Bréfritari: Jakobína Jónsdóttir
Viðtakandi: Sólveig Jónsdóttir
Dagsetning: A-1880-05-09
Skrifað á: Bessastöðum  Gull.
systir bréfviðtakanda

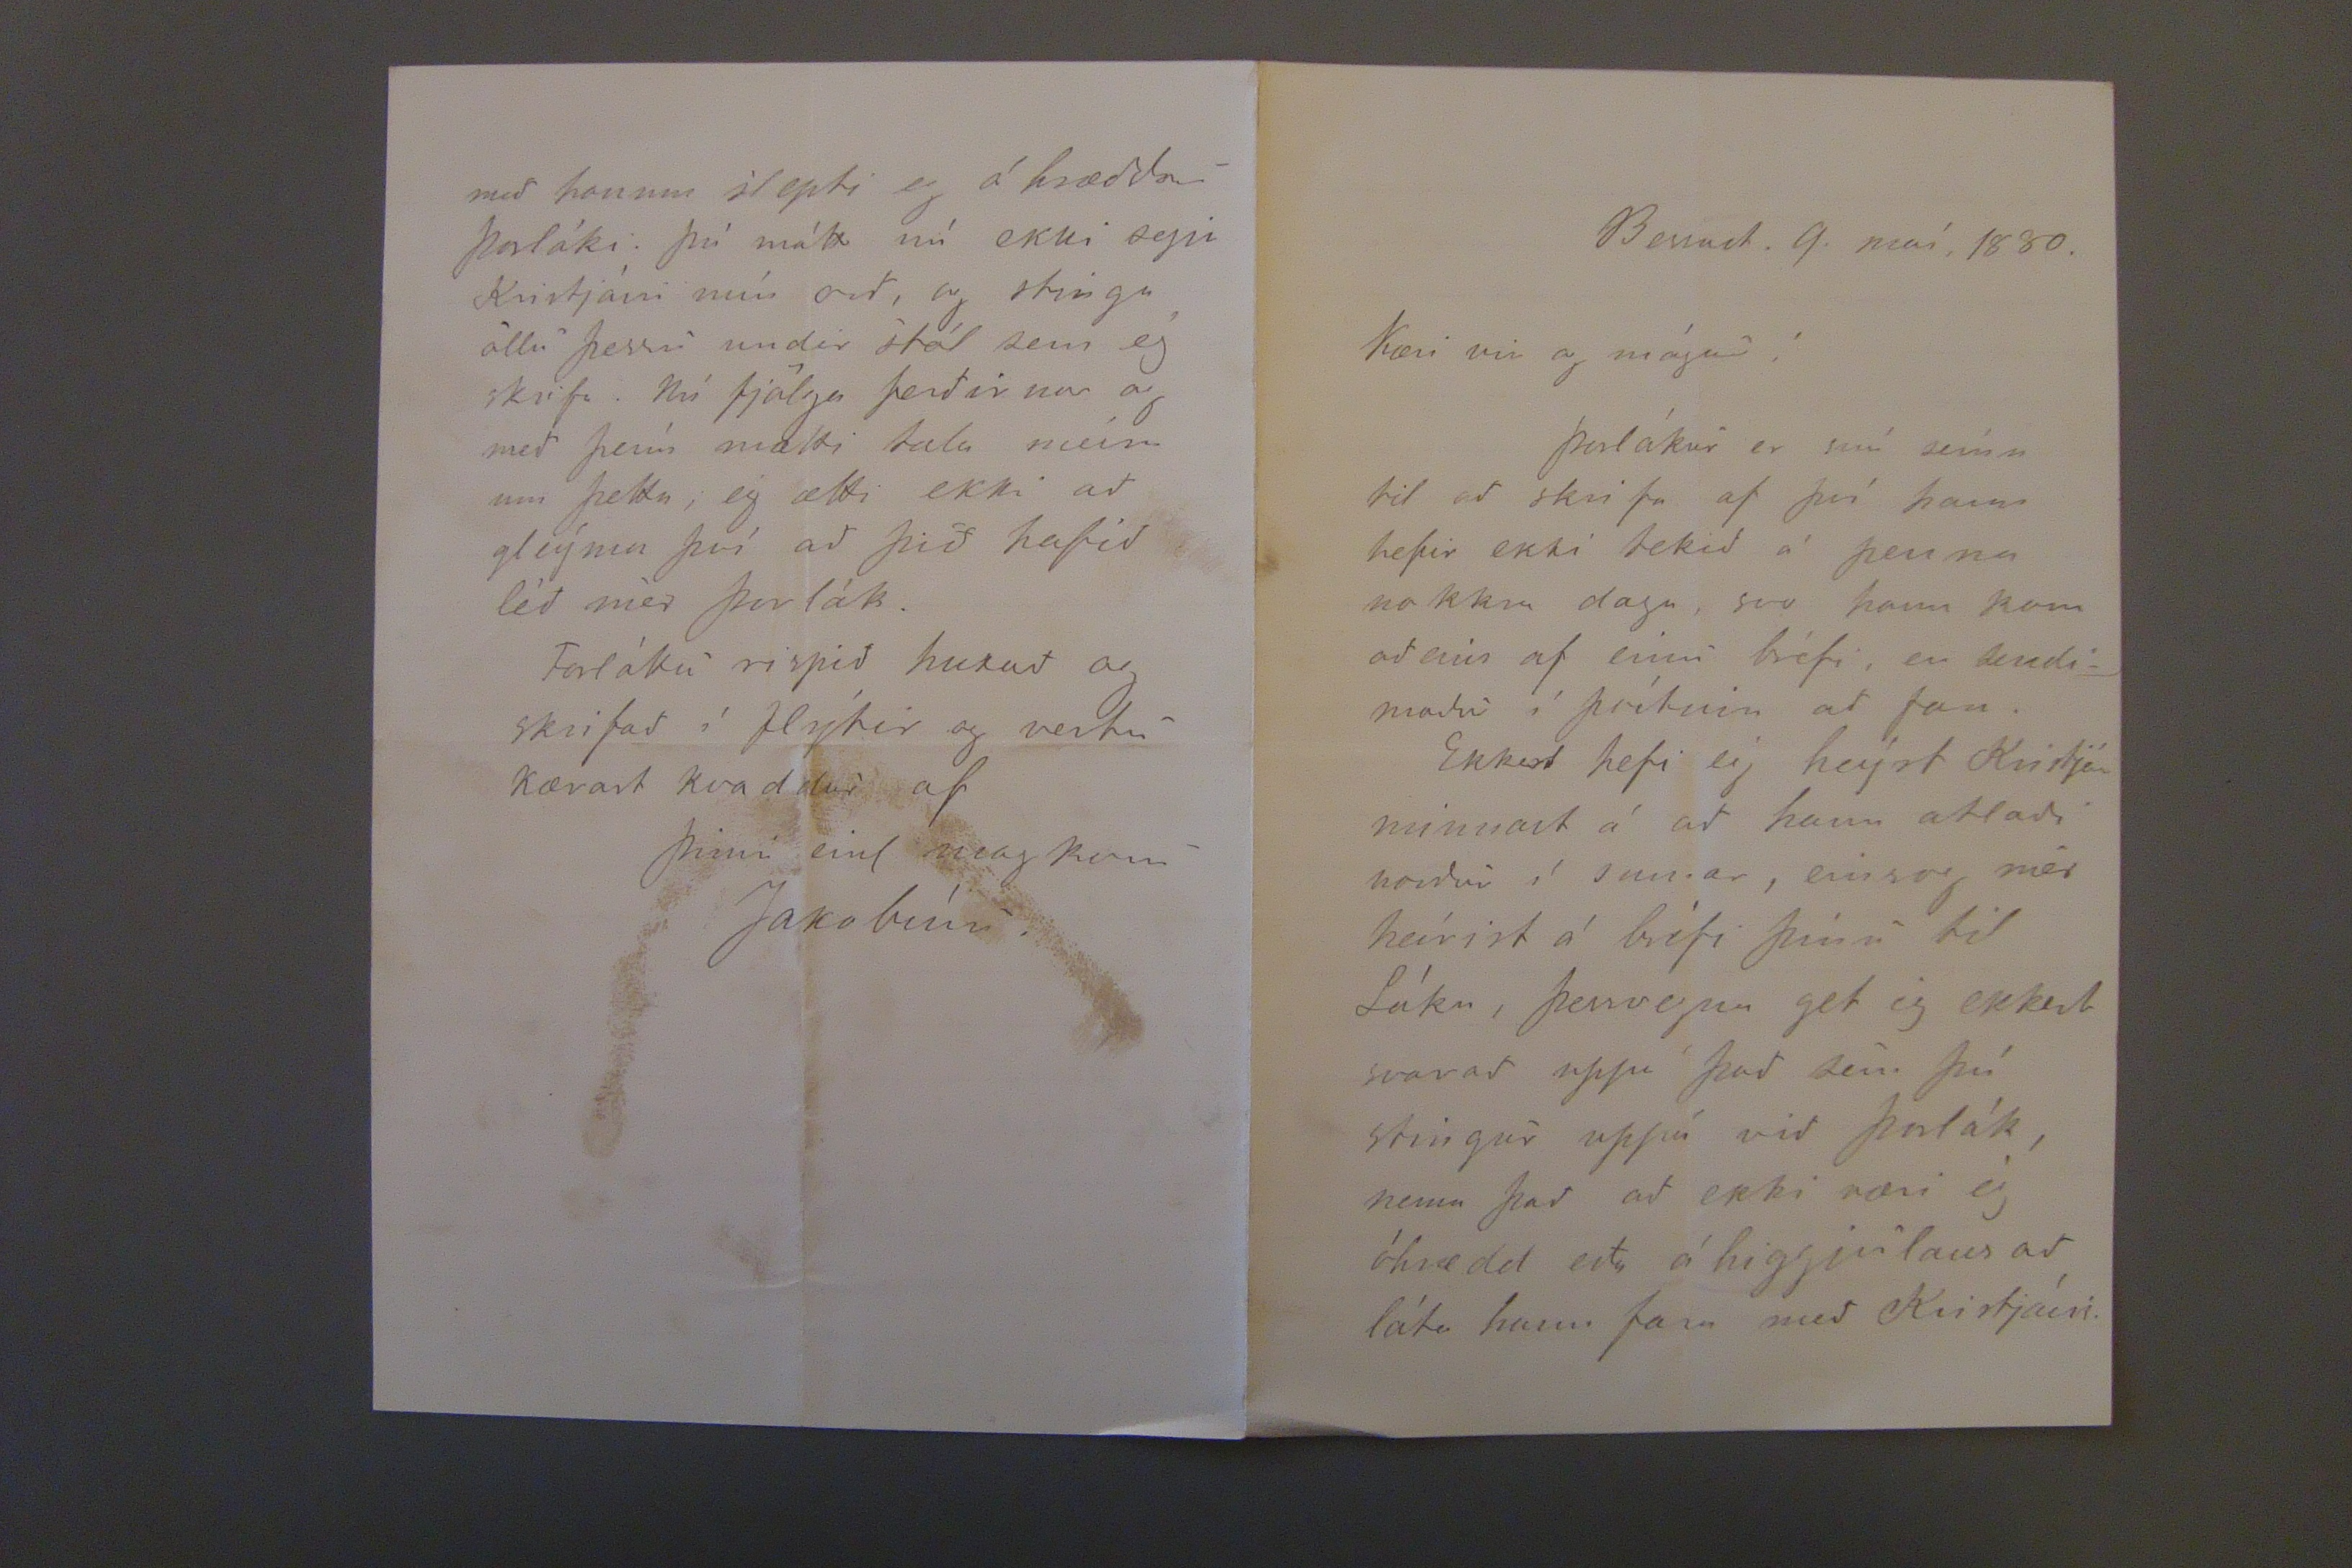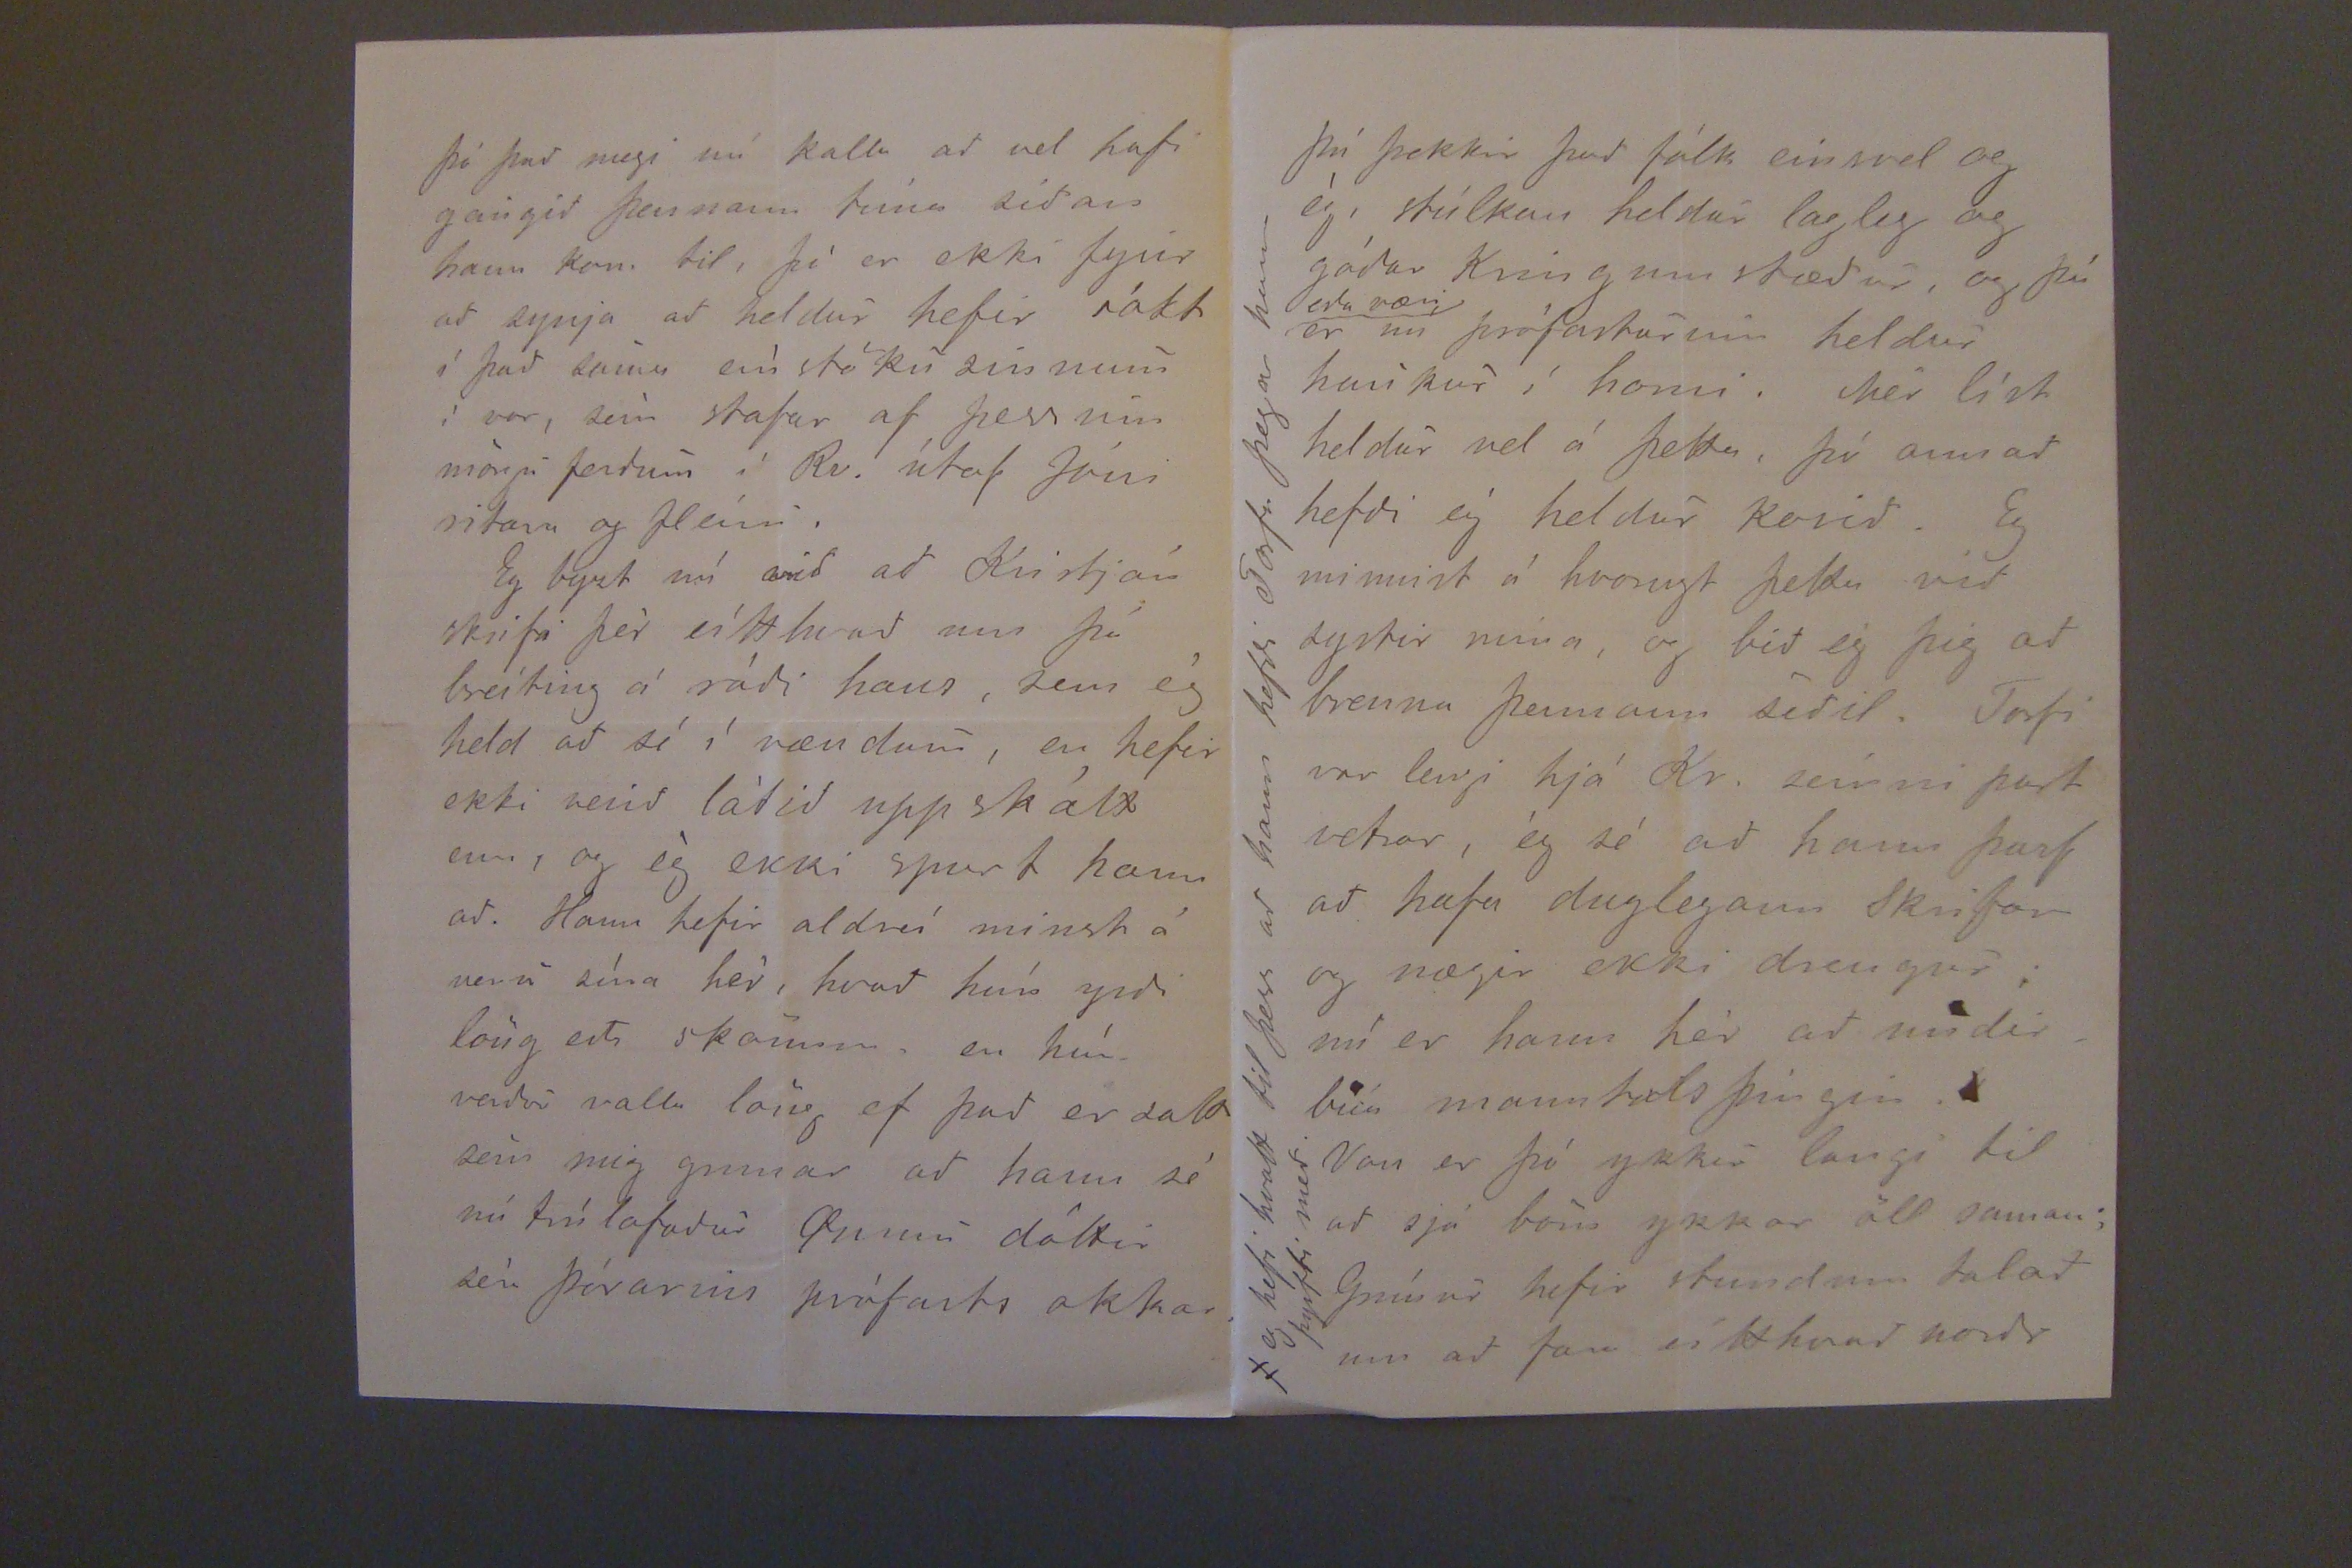

Bessast. 9. maí, 1880.
Kæri vi og mágur!
Þorlákur er nú seínn til ad skrifa af því hann hefir ekki tekid á penna nokkra daga svo hann kom adeins af einu bréfi, en sendimadur í póstinn ad fara.
Ekkert hefi ég heýrt Kristján minnast á ad hann ætladi nordur í sumar, einsog mér heírist á bréfi þinu til Láka, þessvegna get ég ekkert svarad uppí þad sem þú stingur uppá vid Þorlák, nema þad ad ekki væri ég óhrædd eda áhiggjulaus ad láta hann fara med Kristjáni.
þó þad megi nú kalla ad vel hafi geingid þennann tíma sídan hann kom til, þá er ekki fyrir ad synja ad heldur hefir sókt í þad sömu eínstöku sinnum í vor, sem stafar af þessum mörgu ferdum í Rv. útaf Jóni ritara og fleiri.
Eg byzt nú vid ad Kristján skrifa þér eítthvad um þá breiting á rádi hans, sem ég held ad sé í vændum, en hefir ekki verid látid upp skált enn, og ég ekki spurt hann ad. Hann hefir aldreí minst á veru sína hér, hvad hún yrdi löng eda skömm, en hún verdur valla löng ef þad er satt sem mig grunar ad hann sé nú trúlofadur Gunnu dóttir séra Þórarins prófasts okkar.
med honum slepti eg ó hrædda ö Þorláki. þú mátt nú ekki segja Kristjáni mín ord, og stinga öllu þessu undir stól sem ég skrifa. Nú fjölga ferdirnar og med þeím mælti tala meíra um þetta; ég ætti ekki ad gleýma því ad þid hafid léd mér Þorlák.
Forláttu rispid huxad og skrifad í flýtir og vertu kærast kvaddur af
Þinni einl magkonu
Jakobínu.